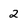
Character: 2